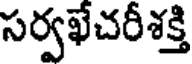
సర్వఖేచరీశక్తి